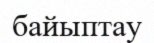
байыптау